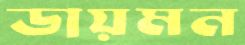
ডায়মন